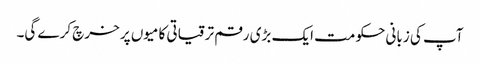
آپ کی زبانی حکومت ایک بڑی رقم ترقیاتی کامیوں پر خرچ کرے گی۔